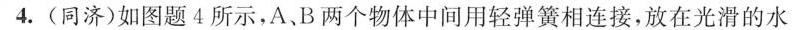
4.(同济)如图题4所示，A、B两个物体中间用轻弹簧相连接，放在光滑的水